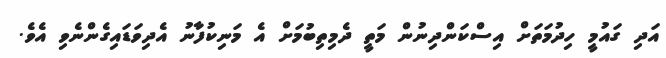
އަދި ގައުމީ ހިދުމަތަށް އިސްކަންދިނުން މަތީ ދެމިތިބުމަށް އެ މަނިކުފާނު އެދިވަޑައިގެންނެވި އެވެ.